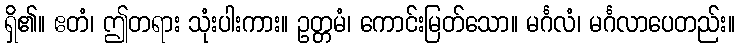
ရှိ၏။ ဧတံ၊ ဤတရား သုံးပါးကား။ ဥတ္တမံ၊ ကောင်းမြတ်သော။ မင်္ဂလံ၊ မင်္ဂလာပေတည်း။